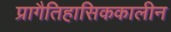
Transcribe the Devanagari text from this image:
प्रागैतिहासिककालीन